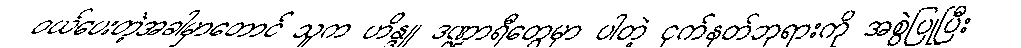
ဝယ်ပေးတဲ့အခါမှာတောင် သူက ဟိန္ဒူ ဒဏ္ဍာရီတွေမှာ ပါတဲ့ ငှက်နတ်ဘုရားကို အစွဲပြုပြီး